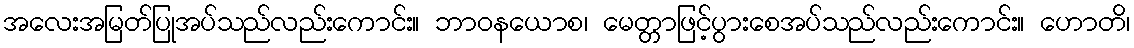
အလေးအမြတ်ပြုအပ်သည်လည်းကောင်း။ ဘာဝနယောစ၊ မေတ္တာဖြင့်ပွားစေအပ်သည်လည်းကောင်း။ ဟောတိ၊